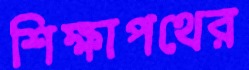
শিক্ষাপথের